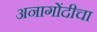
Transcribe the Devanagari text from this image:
अनागोंदीचा